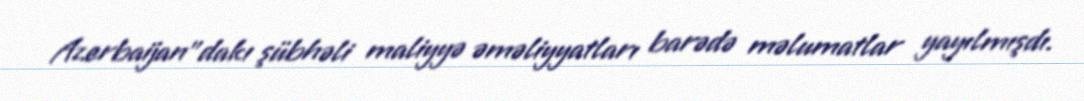
Azerbaijan”dakı şübhəli maliyyə əməliyyatları barədə məlumatlar yayılmışdı.